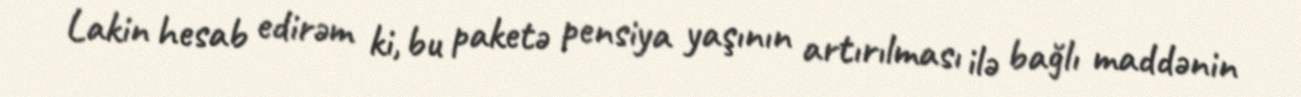
Lakin hesab edirəm ki, bu paketə pensiya yaşının artırılması ilə bağlı maddənin